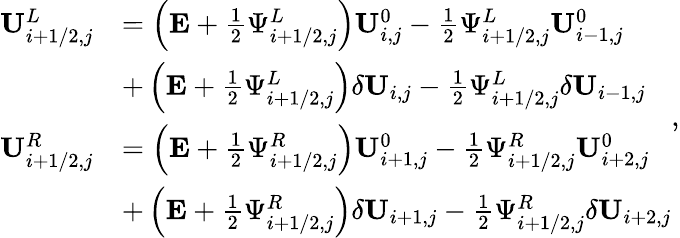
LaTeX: \begin{array}{rl}{\mathbf{U}_{i+1/2,j}^{L}}&{=\left(\mathbf{E}+\frac{1}{2}\Psi_{i+1/2,j}^{L}\right)\mathbf{U}_{i,j}^{0}-\frac{1}{2}\Psi_{i+1/2,j}^{L}\mathbf{U}_{i-1,j}^{0}}\\ &{+\left(\mathbf{E}+\frac{1}{2}\Psi_{i+1/2,j}^{L}\right)\delta\mathbf{U}_{i,j}-\frac{1}{2}\Psi_{i+1/2,j}^{L}\delta\mathbf{U}_{i-1,j}}\\ {\mathbf{U}_{i+1/2,j}^{R}}&{=\left(\mathbf{E}+\frac{1}{2}\Psi_{i+1/2,j}^{R}\right)\mathbf{U}_{i+1,j}^{0}-\frac{1}{2}\Psi_{i+1/2,j}^{R}\mathbf{U}_{i+2,j}^{0}}\\ &{+\left(\mathbf{E}+\frac{1}{2}\Psi_{i+1/2,j}^{R}\right)\delta\mathbf{U}_{i+1,j}-\frac{1}{2}\Psi_{i+1/2,j}^{R}\delta\mathbf{U}_{i+2,j}}\end{array},